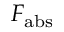
F _ { \mathrm { a b s } }